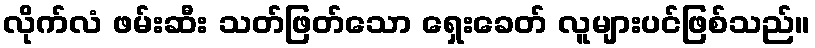
လိုက်လံ ဖမ်းဆီး သတ်ဖြတ်သော ရှေးခေတ် လူများပင်ဖြစ်သည်။